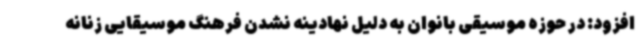
افزود: در حوزه موسیقی بانوان به دلیل نهادینه نشدن فرهنگ موسیقایی زنانه